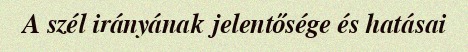
A szél irányának jelentősége és hatásai